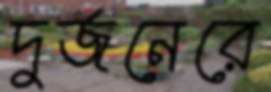
দুর্জনেরে